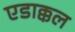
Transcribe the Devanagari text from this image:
एडाक्कल